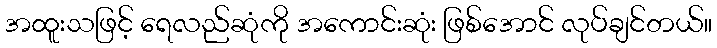
အထူးသဖြင့် ရေလည်ဆုံကို အကောင်းဆုံး ဖြစ်အောင် လုပ်ချင်တယ်။